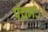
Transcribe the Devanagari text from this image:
पंचमः।।